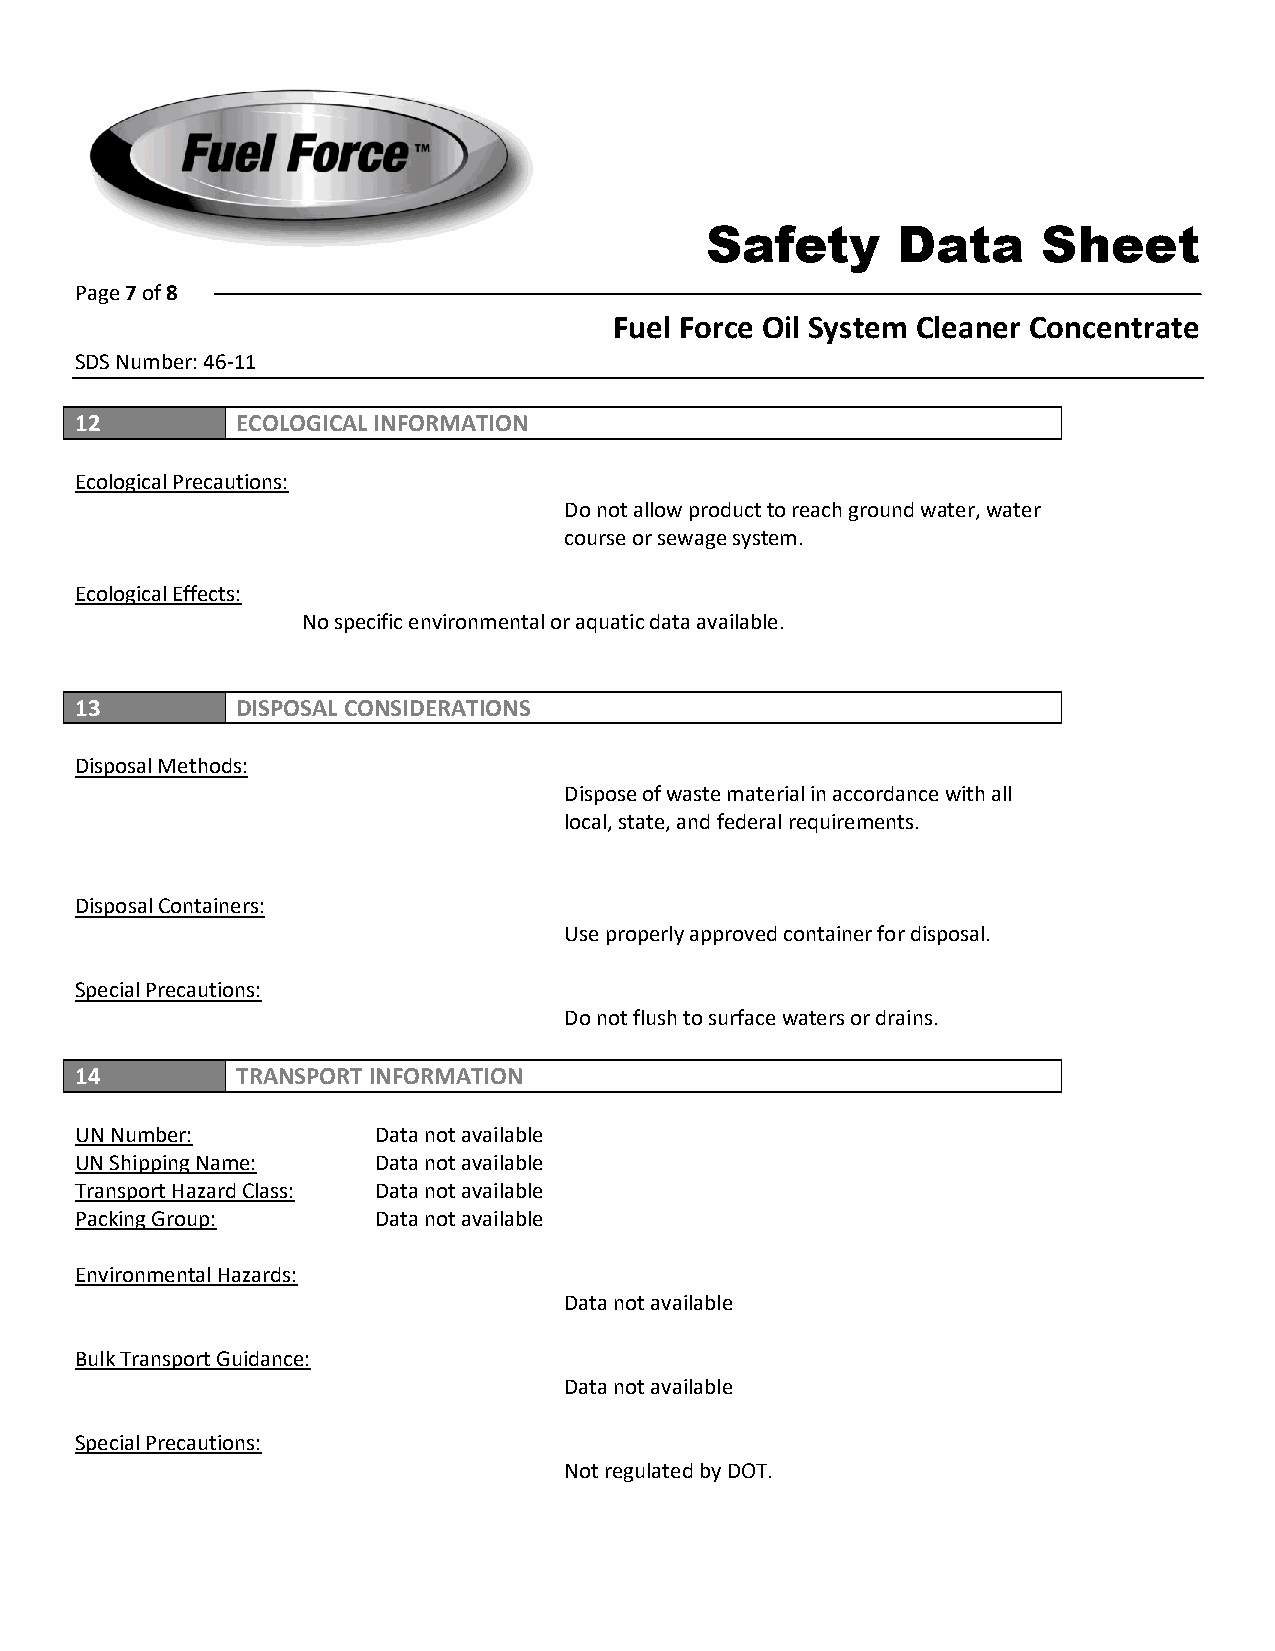
Safety      Data      Sheet
 Page 7 of 8
 Fuel Force Oil System Cleaner Concentrate
 SDS Number: 46-11
 12         ECOLOGICAL INFORMATION
 Ecological Precautions:
 Do not allow product to reach ground water, water
 course or sewage system.
 Ecological Effects:
 No specific environmental or aquatic data available.
 13         DISPOSAL CONSIDERATIONS
 Disposal Methods:
 Dispose of waste material in accordance with all
 local, state, and federal requirements.
 Disposal Containers:
 Use properly approved container for disposal.
 Special Precautions:
 Do not flush to surface waters or drains.
 14         TRANSPORT INFORMATION
 UN Number:          Data not available
 UN Shipping Name:   Data not available
 Transport Hazard Class: Data not available
 Packing Group:      Data not available
 Environmental Hazards:
 Data not available
 Bulk Transport Guidance:
 Data not available
 Special Precautions:
 Not regulated by DOT.